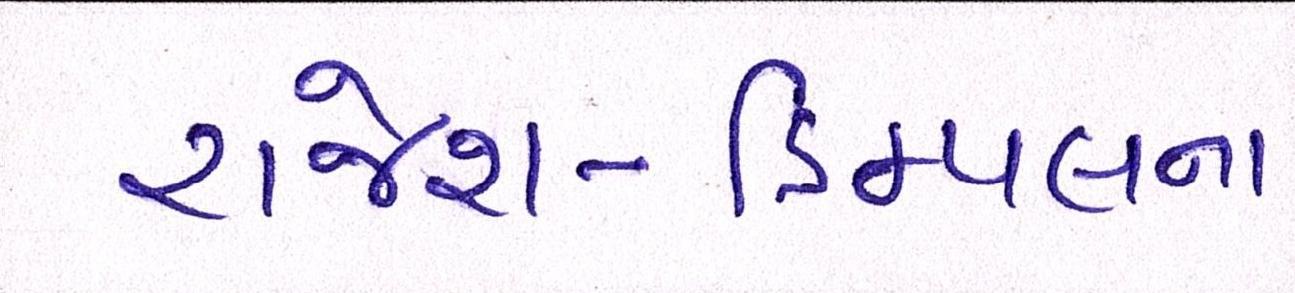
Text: રાજેશ-ડિમ્પલના